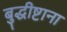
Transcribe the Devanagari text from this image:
बुद्धीष्टाना